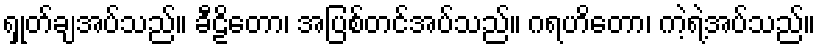
ရှုတ်ချအပ်သည်။ ခီဠိတော၊ အပြစ်တင်အပ်သည်။ ဂရဟိတော၊ ကဲ့ရဲ့အပ်သည်။